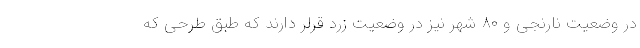
در وضعیت نارنجی و ۸۰ شهر نیز در وضعیت زرد قرلر دارند که طبق طرحی که